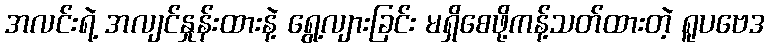
အလင်းရဲ့ အလျင်နှုန်းထားနဲ့ ရွေ့လျားခြင်း မရှိစေဖို့ကန့်သတ်ထားတဲ့ ရူပဗေဒ